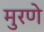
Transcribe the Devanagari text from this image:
मुरणे